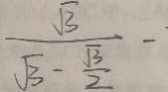
\frac { \sqrt { 3 } } { \sqrt { 3 } - \frac { \sqrt { 3 } } { 2 } } -